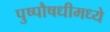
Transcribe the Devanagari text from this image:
पुष्पौषधीमध्ये